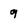
Character: 9